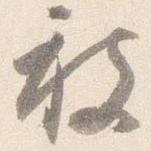
被